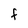
Character: F